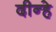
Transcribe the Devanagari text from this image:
दीन्हे